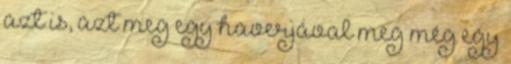
azt is, azt meg egy haverjával meg még egy